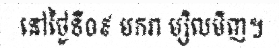
នៅថ្ងៃទី០៩ មករា ម្សិលមិញ។